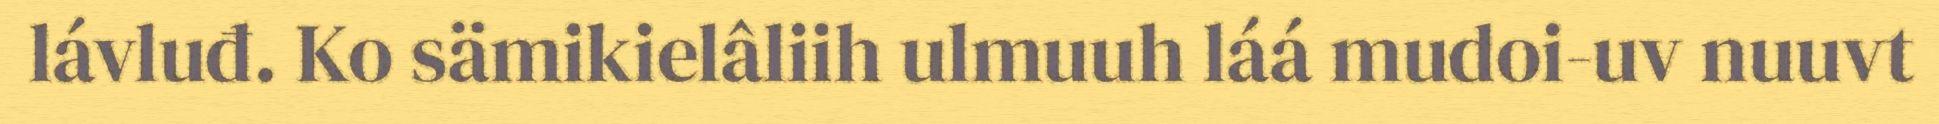
lávluđ. Ko sämikielâliih ulmuuh láá mudoi-uv nuuvt